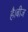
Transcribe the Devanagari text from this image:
है।बीज